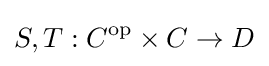
S,T:C^{\mathrm {op} }\times C\to D